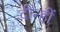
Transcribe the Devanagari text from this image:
दीन्‍हीं